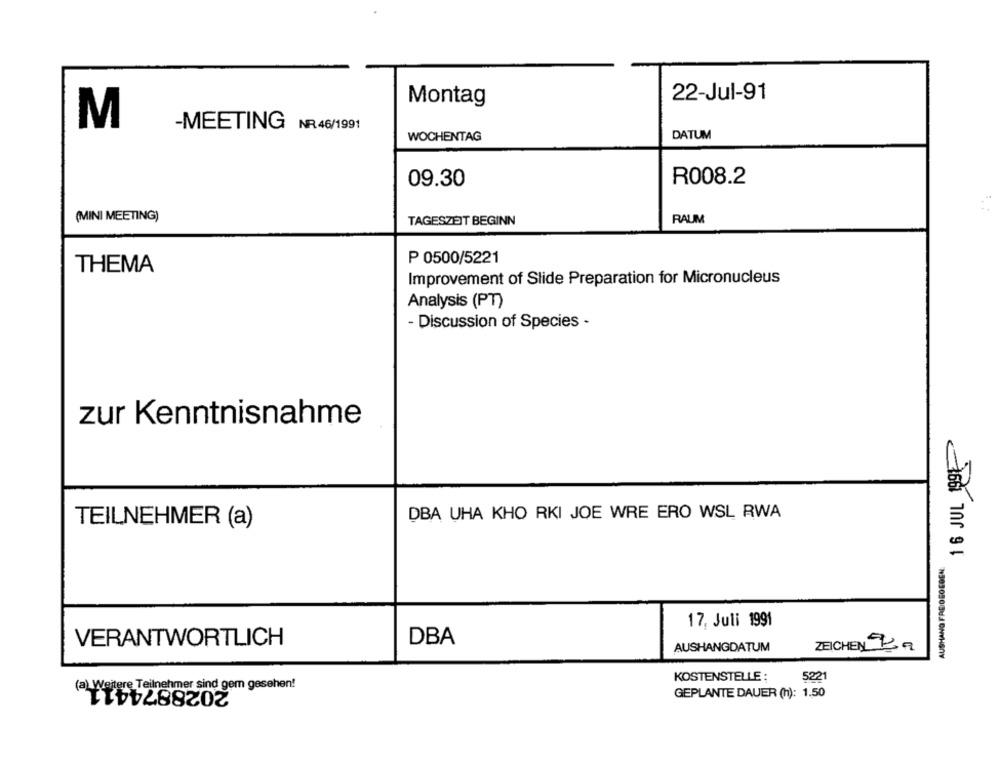
22-Jul-91
Montag
M
-MEETING NR.46/1991
WOCHENTAG
DATUM
09.30
R008.2
(MINI MEETING)
TAGESZEIT BEGINN
RAUM
P 0500/5221
THEMA
Improvement of Slide Preparation for Micronucleus
Analysis (PT)
- Discussion of Species -
zur Kenntnisnahme
16 JUL 199-
DBA UHA KHO RKI JOE WRE ERO WSL RWA
TEILNEHMER (a)
AUSHANG FREIOGOEDEN:
17, Juli 1991
VERANTWORTLICH
DBA
AUSHANGDATUM
ZEICHEN Ba
2028874411.
KOSTENSTELLE :
5221
(a) Weitere Teilnehmer sind gem gesehen!
GEPLANTE DAUER (n): 1.50